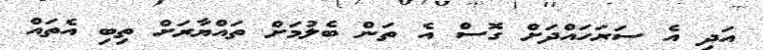
އަދި އެ ސަރަހައްދަށް ގޮސް އެ ތަން ބެލުމަށް ތައްޔާރަށް ތިބި އެތައް